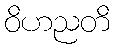
ဝိဟညတိ